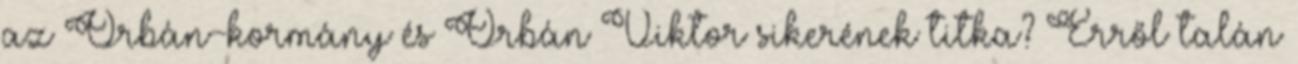
az Orbán-kormány és Orbán Viktor sikerének titka? Erről talán